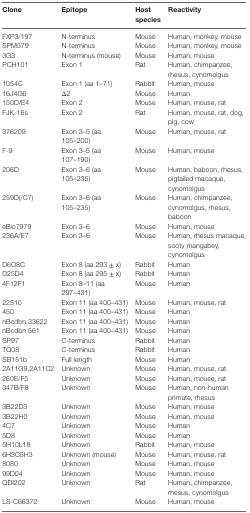
<table><thead><tr><td><b>Clone</b></td><td><b>Epitope</b></td><td><b>Host species</b></td><td><b>Reactivity</b></td></tr></thead><tbody><tr><td>FXP3/197</td><td>N-terminus</td><td>Mouse</td><td>Human, monkey, mouse</td></tr><tr><td>SPM579</td><td>N-terminus</td><td>Mouse</td><td>Human, monkey, mouse</td></tr><tr><td>3G3</td><td>N-terminus (mouse)</td><td>Mouse</td><td>Human, mouse</td></tr><tr><td>PCH101</td><td>Exon 1</td><td>Rat</td><td>Human, chimpanzee, rhesus, cynomolgus</td></tr><tr><td>1054C</td><td>Exon 1 (aa 1–71)</td><td>Rabbit</td><td>Human, mouse</td></tr><tr><td>16J4G6</td><td>Δ2</td><td>Mouse</td><td>Human</td></tr><tr><td>150D/E4</td><td>Exon 2</td><td>Mouse</td><td>Human, mouse, rat</td></tr><tr><td>FJK-16s</td><td>Exon 2</td><td>Rat</td><td>Human, mouse, rat, dog, pig, cow</td></tr><tr><td>376209</td><td>Exon 3–5 (aa 105–200)</td><td>Mouse</td><td>Human, mouse, rat</td></tr><tr><td>F-9</td><td>Exon 3–5 (aa 107–190)</td><td>Mouse</td><td>Human, mouse</td></tr><tr><td>206D</td><td>Exon 3–6 (aa 105–235)</td><td>Mouse</td><td>Human, baboon, rhesus, pigtailed macaque, cynomolgus</td></tr><tr><td>259D(/C7)</td><td>Exon 3–6 (aa 105–235)</td><td>Mouse</td><td>Human, chimpanzee, cynomolgus, rhesus, baboon</td></tr><tr><td>eBio7979</td><td>Exon 3–6</td><td>Mouse</td><td>Human, mouse</td></tr><tr><td>236A/E7</td><td>Exon 3–6</td><td>Mouse</td><td>Human, rhesus macaque, sooty mangabey, cynomolgus</td></tr><tr><td>D6O8C</td><td>Exon 8 (aa 293 ± x)</td><td>Rabbit</td><td>Human</td></tr><tr><td>D25D4</td><td>Exon 8 (aa 295 ± x)</td><td>Rabbit</td><td>Human</td></tr><tr><td>4F12F1</td><td>Exon 8–11 (aa 297–431)</td><td>Mouse</td><td>Human</td></tr><tr><td>22510</td><td>Exon 11 (aa 400–431)</td><td>Mouse</td><td>Human, mouse, rat</td></tr><tr><td>450</td><td>Exon 11 (aa 400–431)</td><td>Mouse</td><td>Human</td></tr><tr><td>nBcdbn 33622</td><td>Exon 11 (aa 400–431)</td><td>Mouse</td><td>Human</td></tr><tr><td>nBcdbn 561</td><td>Exon 11 (aa 400–431)</td><td>Mouse</td><td>Human</td></tr><tr><td>SP97</td><td>C-terminus</td><td>Rabbit</td><td>Human</td></tr><tr><td>TQ08</td><td>C-terminus</td><td>Rabbit</td><td>Human</td></tr><tr><td>SB151b</td><td>Full length</td><td>Mouse</td><td>Human</td></tr><tr><td>2A11G9,2A11C2</td><td>Unknown</td><td>Mouse</td><td>Human, mouse, rat</td></tr><tr><td>260E/F5</td><td>Unknown</td><td>Mouse</td><td>Human, mouse, rat</td></tr><tr><td>347B/F8</td><td>Unknown</td><td>Mouse</td><td>Human, non-human primate, rhesus</td></tr><tr><td>3B22D3</td><td>Unknown</td><td>Mouse</td><td>Human, mouse</td></tr><tr><td>3B22H0</td><td>Unknown</td><td>Mouse</td><td>Human, mouse</td></tr><tr><td>4C7</td><td>Unknown</td><td>Mouse</td><td>Human</td></tr><tr><td>5D8</td><td>Unknown</td><td>Mouse</td><td>Human</td></tr><tr><td>5H10L18</td><td>Unknown</td><td>Rabbit</td><td>Human, mouse</td></tr><tr><td>6H3C5H3</td><td>Unknown (mouse)</td><td>Mouse</td><td>Human, mouse, rat</td></tr><tr><td>8080</td><td>Unknown</td><td>Mouse</td><td>Human, mouse</td></tr><tr><td>99D04</td><td>Unknown</td><td>Mouse</td><td>Human, mouse</td></tr><tr><td>QDI202</td><td>Unknown</td><td>Rat</td><td>Human, chimpanzee, rhesus, cynomolgus</td></tr><tr><td>LS-C66372</td><td>Unknown</td><td>Mouse</td><td>Human, mouse</td></tr></tbody></table>